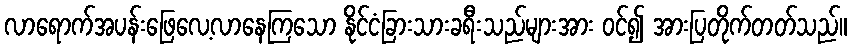
လာရောက်အပန်းဖြေလေ့လာနေကြသော နိုင်ငံခြားသားခရီးသည်များအား ဝင်၍ အားပြတိုက်တတ်သည်။